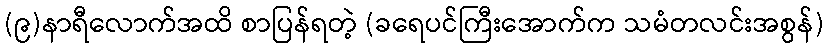
(၉)နာရီလောက်အထိ စာပြန်ရတဲ့ (ခရေပင်ကြီးအောက်က သမံတလင်းအစွန်)